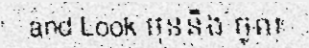
and Look មុននឹង ចូល